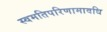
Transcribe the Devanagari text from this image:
स्वमतिपरिणामावधि